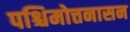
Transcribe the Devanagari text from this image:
पश्चिमोत्तनासन